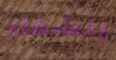
الشفاء